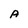
Character: A